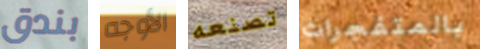
بندق الأوجه تصنعه بالمتفجرات